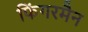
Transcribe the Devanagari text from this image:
फिंगरमैन